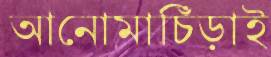
আনোমাচিঁড়াই